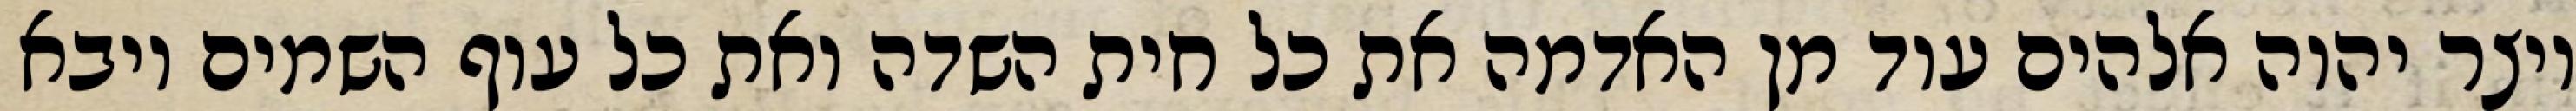
ויצר יהוה אלהים עוד מן האדמה את כל חית השדה ואת כל עוף השמים ויבא